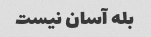
بله آسان نیست